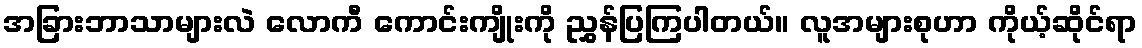
အခြားဘာသာများလဲ လောကီ ကောင်းကျိုးကို ညွှန်ပြကြပါတယ်။ လူအများစုဟာ ကိုယ့်ဆိုင်ရာ